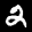
Label: 2